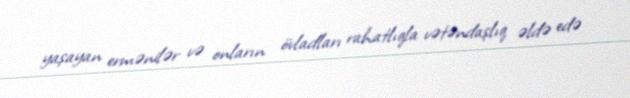
yaşayan ermənilər və onların övladları rahatlıqla vətəndaşlıq əldə edə